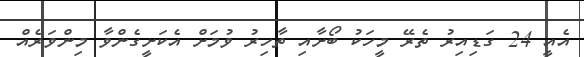
އެއީ 24 ގަޑިއިރު ތެރޭ މީހަކު ބޯށާއި ތާހިރު ވުމަށް އެކަށީގެންވާ މިންވަރެއް